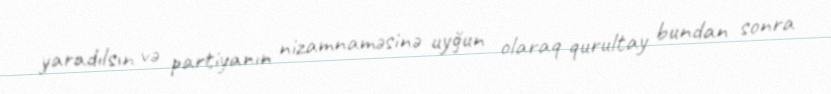
yaradılsın və partiyanın nizamnaməsinə uyğun olaraq qurultay bundan sonra